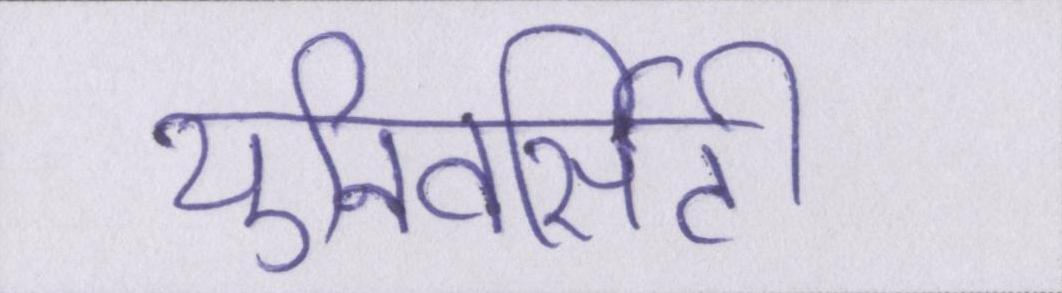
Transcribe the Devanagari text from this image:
युनिवर्सिटी